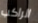
الراكب